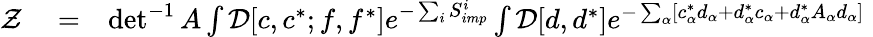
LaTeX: \begin{array}{rlr}{{\cal Z}}&{{}=}&{\operatorname*{det}^{-1}A\int{\cal D}[c,c^{*};f,f^{*}]e^{-\sum_{i}S_{imp}^{i}}\int{\cal D}[d,d^{*}]e^{-\sum_{\alpha}[c_{\alpha}^{*}d_{\alpha}+d_{\alpha}^{*}c_{\alpha}+d_{\alpha}^{*}A_{\alpha}d_{\alpha}]}\phantom{.}}\end{array}